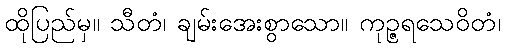
ထိုပြည်မှ။ သီတံ၊ ချမ်းအေးစွာသော။ ကုဉ္ဇရသေဝိတံ၊